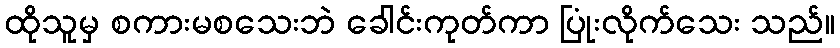
ထိုသူမှ စကားမစသေးဘဲ ခေါင်းကုတ်ကာ ပြုံးလိုက်သေး သည်။